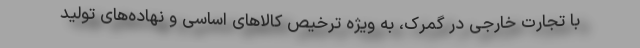
با تجارت خارجی در گمرک، به ویژه ترخیص کالاهای اساسی و نهاده‌های تولید